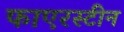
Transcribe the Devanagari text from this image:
फाएरस्टीन